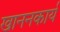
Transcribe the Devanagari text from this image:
खाननकार्य